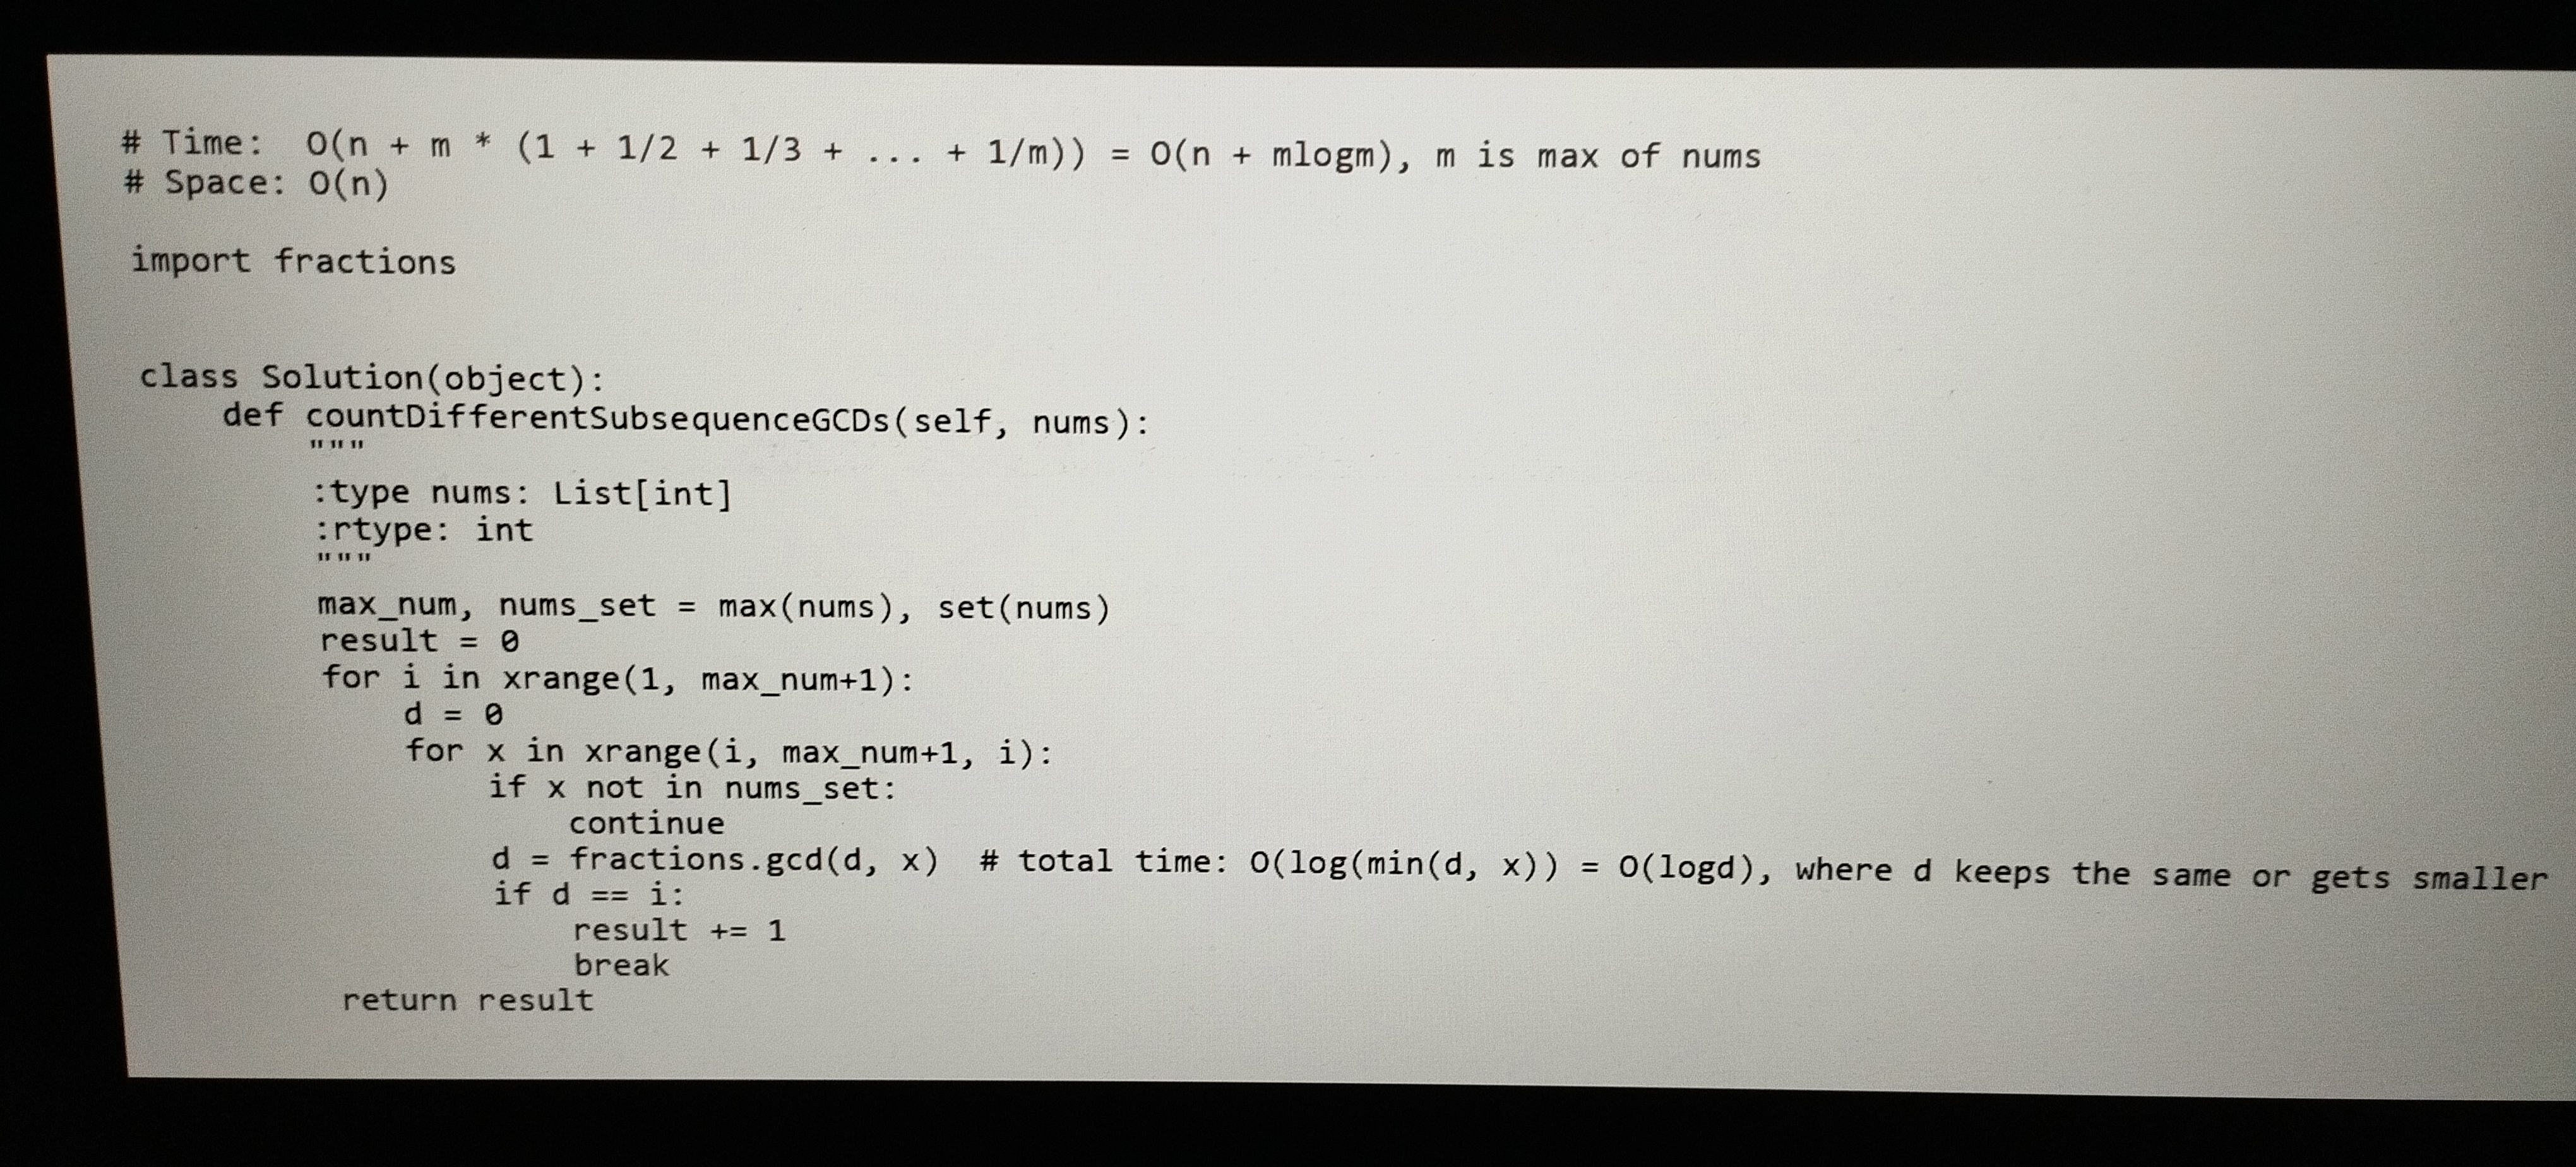
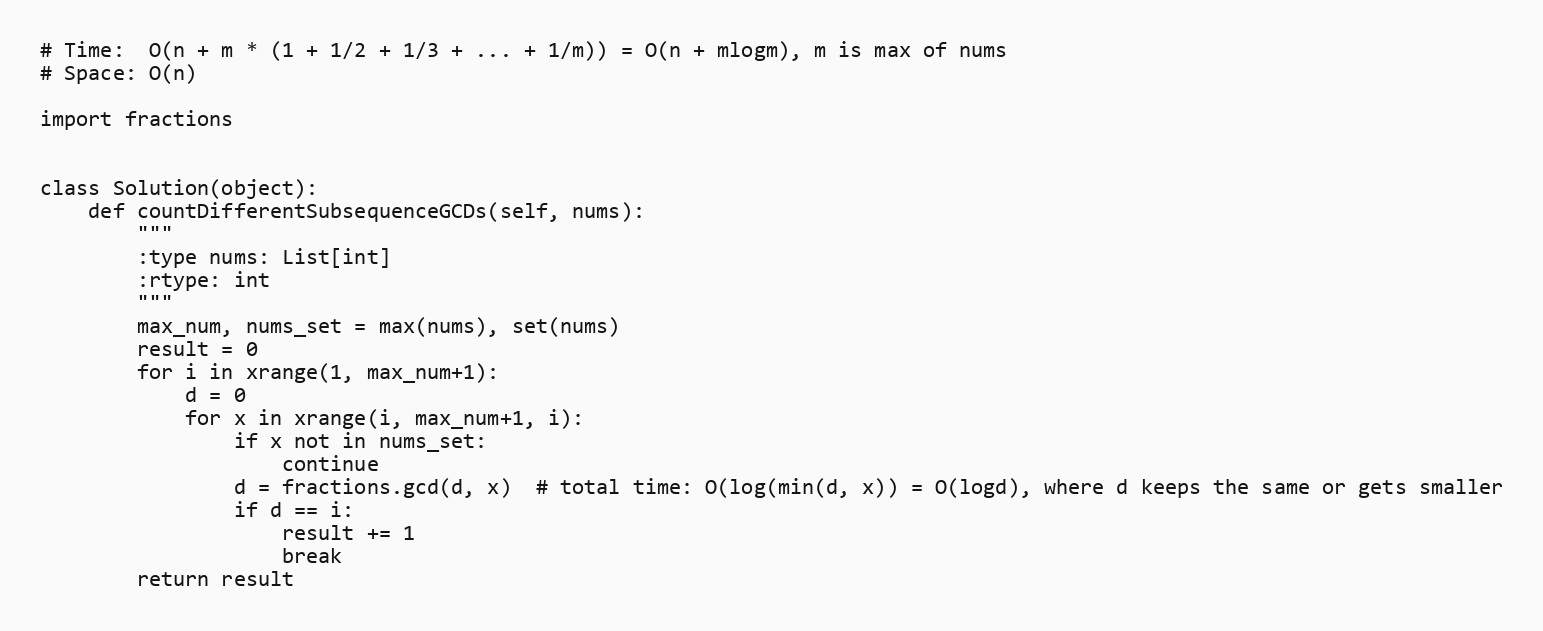
# Time:  O(n + m * (1 + 1/2 + 1/3 + ... + 1/m)) = O(n + mlogm), m is max of nums
# Space: O(n)

import fractions

class Solution(object):
    def countDifferentSubsequenceGCDs(self, nums):
        """
        :type nums: List[int]
        :rtype: int
        """
        max_num, nums_set = max(nums), set(nums)
        result = 0
        for i in xrange(1, max_num+1):
            d = 0
            for x in xrange(i, max_num+1, i):
                if x not in nums_set:
                    continue
                d = fractions.gcd(d, x)  # total time: O(log(min(d, x)) = O(logd), where d keeps the same or gets smaller
                if d == i:
                    result += 1
                    break
        return result